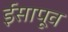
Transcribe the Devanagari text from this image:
ईसापूव